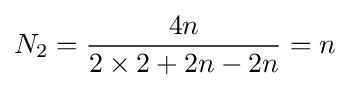
N_{2}={\frac {4n}{2\times 2+2n-2n}}=n